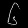
Digit: ၆